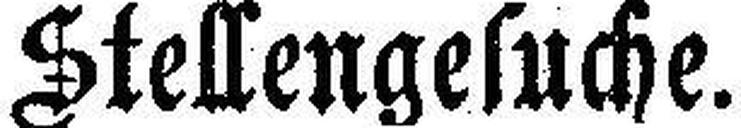
Stellengesuche.